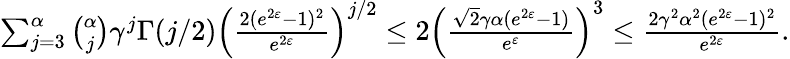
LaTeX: \begin{array}{r}{\sum_{j=3}^{\alpha}\binom{\alpha}{j}\gamma^{j}\Gamma(j/2)\left(\frac{2(e^{2\varepsilon}-1)^{2}}{e^{2\varepsilon}}\right)^{j/2}\leq 2\left(\frac{\sqrt{2}\gamma\alpha(e^{2\varepsilon}-1)}{e^{\varepsilon}}\right)^{3}\leq\frac{2\gamma^{2}\alpha^{2}(e^{2\varepsilon}-1)^{2}}{e^{2\varepsilon}}.}\end{array}